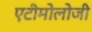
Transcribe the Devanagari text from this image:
एटीमोलोजी